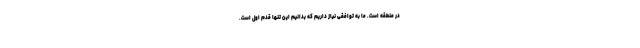
در منطقه است. ما به توافقی نیاز داریم که بدانیم این تنها قدم اول است.